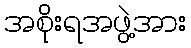
အစိုးရအဖွဲ့အား